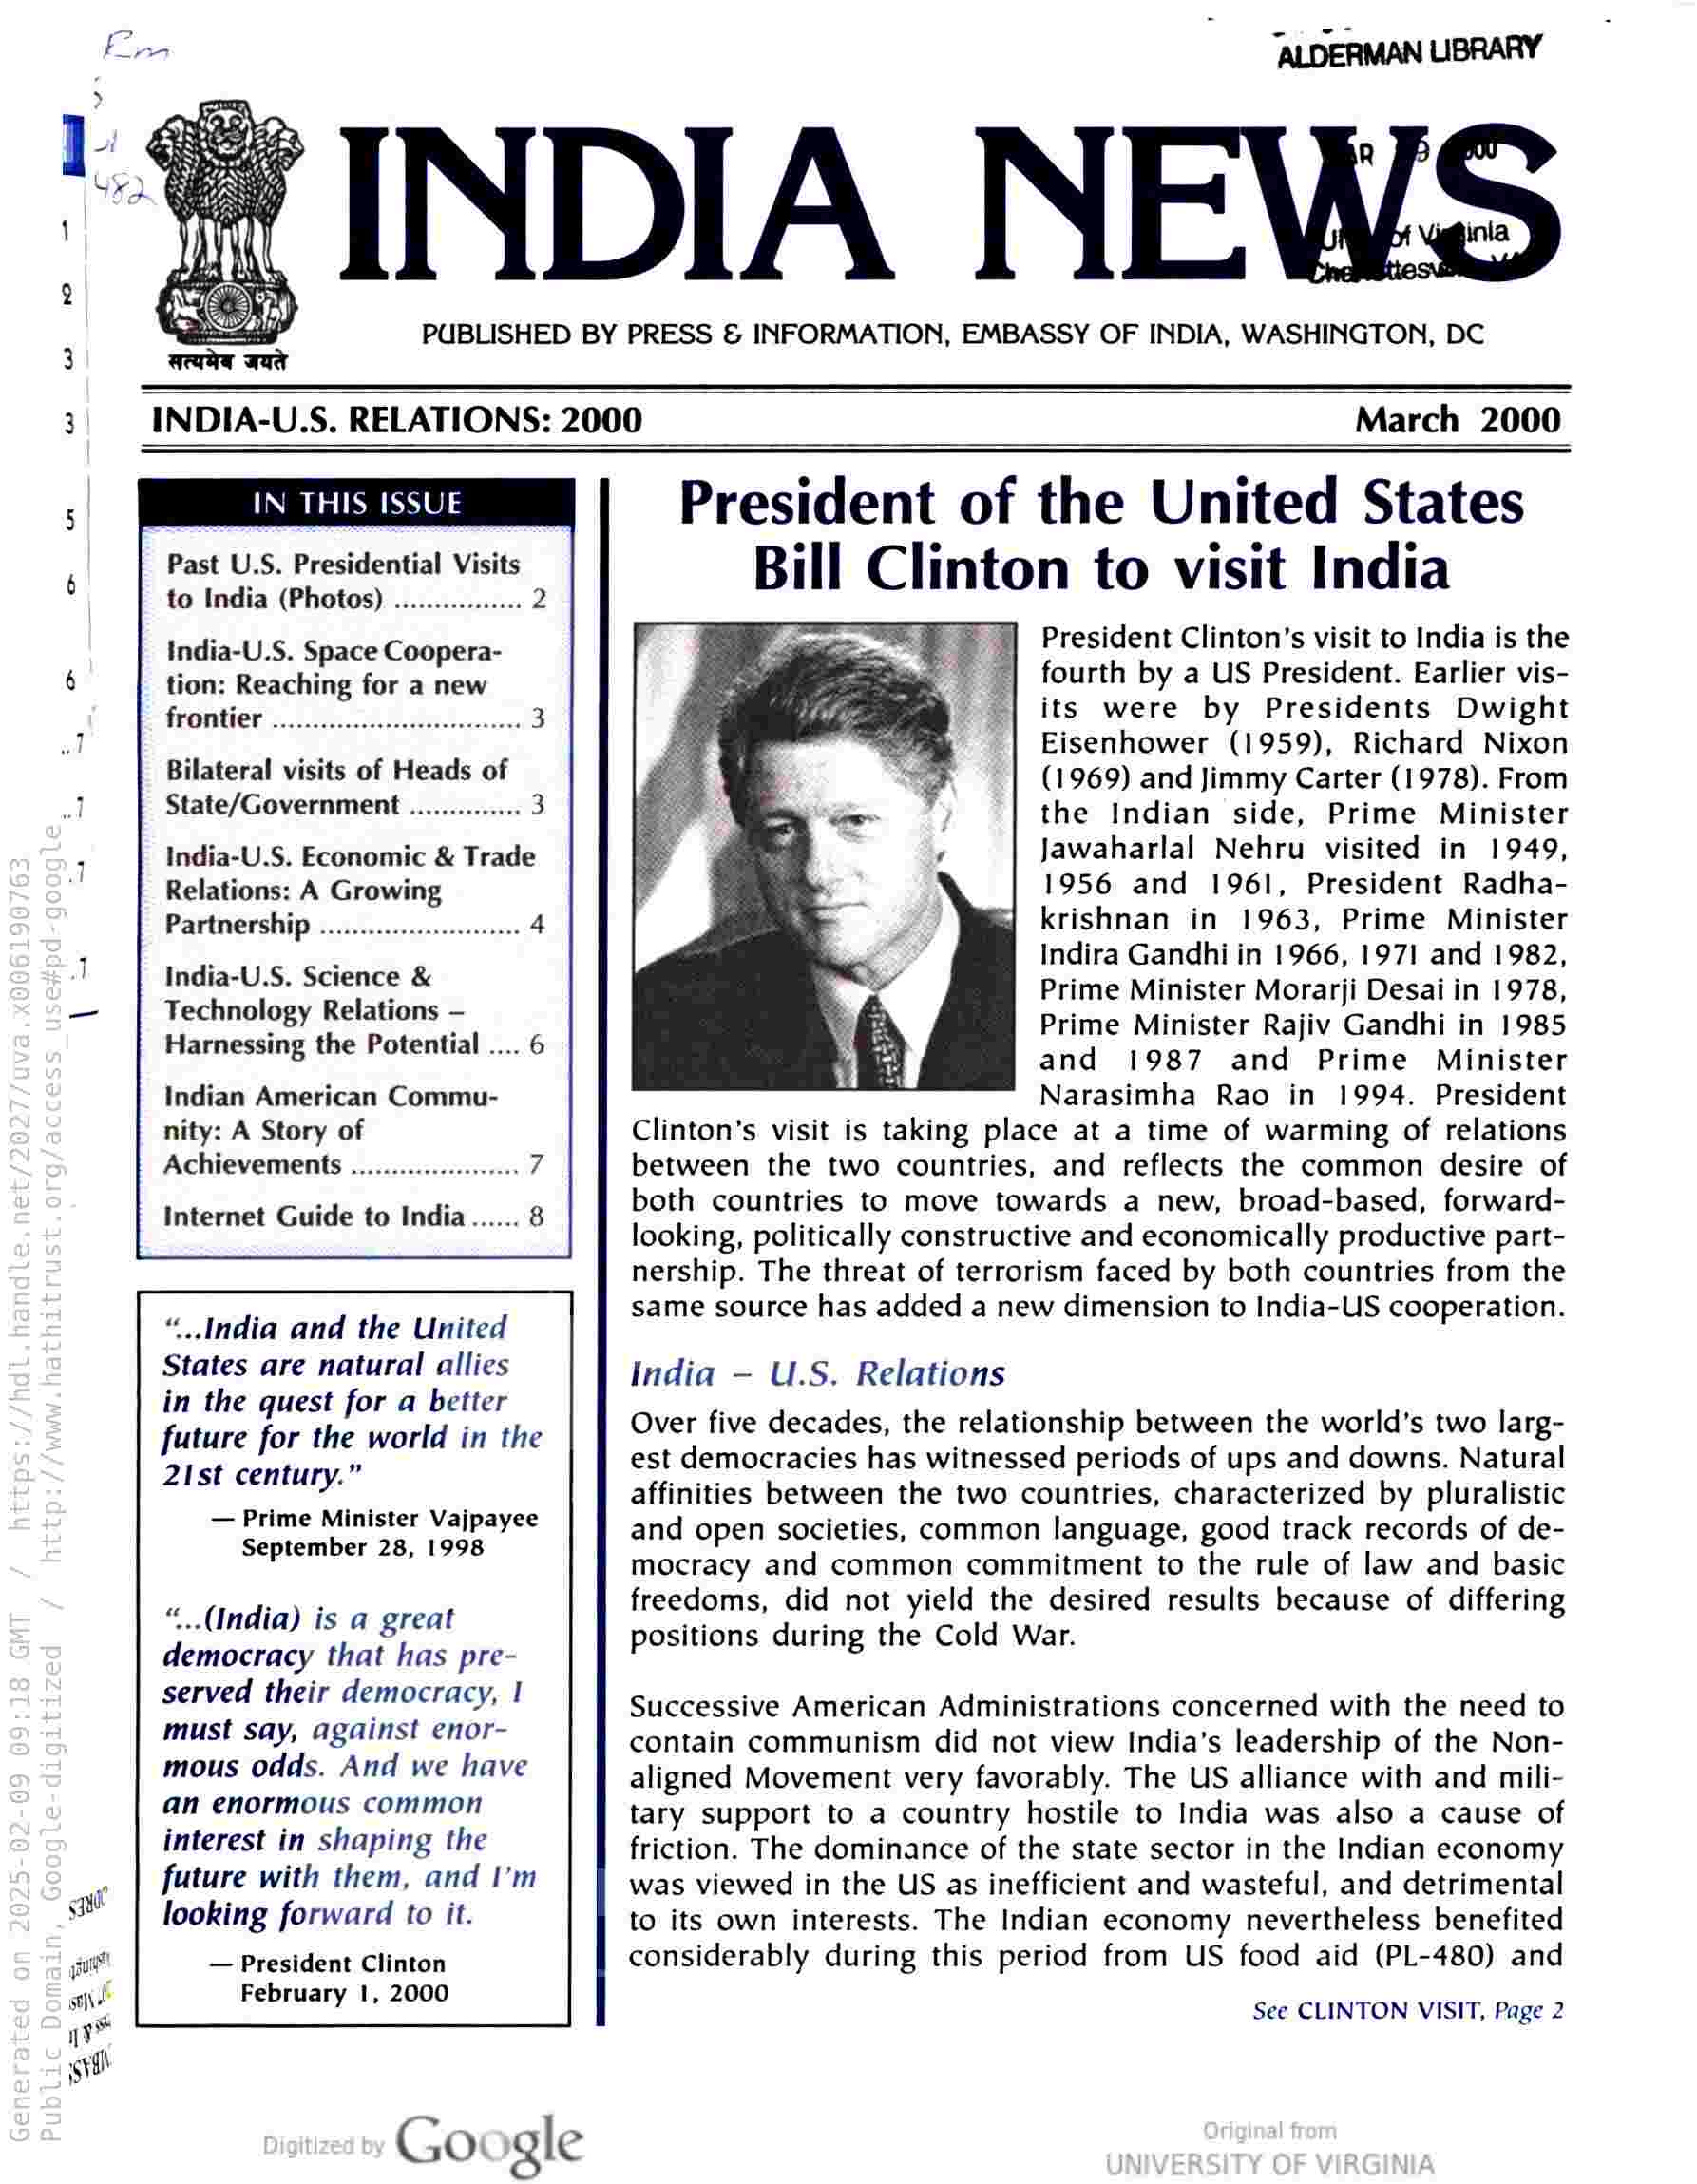
INDIA NEWS

PUBLISHED BY PRESS & INFORMATION, EMBASSY OF INDIA, WASHINGTON, DC

3 INDIA-U.S. RELATIONS: 2000

March 2000

IN THIS ISSUE

Past U.S. Presidential Visits
to India (Photos)

India-U.S. Space Coopera-
tion: Reaching for a new
frontier

Bilateral visits of Heads of
State/Government

India-U.S. Economic & Trade
Relations: A Growing
Partnership

India-U.S. Science &
Technology Relations —
Harnessing the Potential .... 6

Indian American Commu-
nity: A Story of
Achievements

Internet Guide to India

“..India and the United
States are natural allies
in the quest for a better
future for the world in the
21st century.”

— Prime Minister Vajpayee
September 28, 1998

“..(India) is a great
democracy that has pre-
served their democracy, |
must say, against enor-
mous odds. And we have

an enormous common
interest in shaping the
future with them, and I’m
looking forward to it.

— President Clinton
February 1, 2000

Google

President of the United States
Bill Clinton to visit India

President Clinton's visit to India is the
fourth by a US President. Earlier vis-
its were by Presidents Dwight
Eisenhower (1959), Richard Nixon
(1969) and Jimmy Carter (1978). From
the Indian side, Prime Minister
Jawaharlal Nehru visited in 1949,
1956 and 1961, President Radha-
krishnan in 1963, Prime Minister
Indira Gandhi in 1966, 1971 and 1982,
Prime Minister Morarji Desai in 1978,
Prime Minister Rajiv Gandhi in 1985
and 1987 and Prime Minister
Narasimha Rao in 1994. President
Clinton’s visit is taking place at a time of warming of relations
between the two countries, and reflects the common desire of
both countries to move towards a new, broad-based, forward-
looking, politically constructive and economically productive part-
nership. The threat of terrorism faced by both countries from the
same source has added a new dimension to India-US cooperation.

India — U.S. Relations

Over five decades, the relationship between the world’s two larg-
est democracies has witnessed periods of ups and downs. Natural
affinities between the two countries, characterized by pluralistic
and open societies, common language, good track records of de-
mocracy and common commitment to the rule of law and basic
freedoms, did not yield the desired results because of differing
positions during the Cold War.

Successive American Administrations concerned with the need to
contain communism did not view India’s leadership of the Non-
aligned Movement very favorably. The US alliance with and mili-
tary support to a country hostile to India was also a cause of
friction. The dominance of the state sector in the Indian economy
was viewed in the US as inefficient and wasteful, and detrimental
to its own interests. The Indian economy nevertheless benefited
considerably during this period from US food aid (PL-480) and

See CLINTON VISIT, Page 2